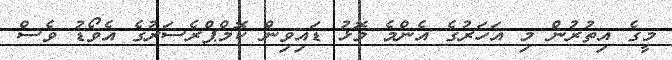
މީގެ އިތުރުން މި އަހަރުގެ އެންމެ މޮޅު ޑައިވިން ކޮމްޕްރެސަރުގެ އެވޯޑު ވެސް